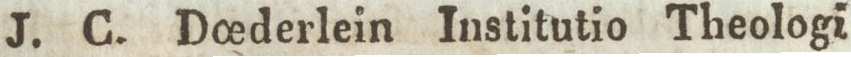
J. C. Do_ederlein Institutio Theologi